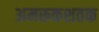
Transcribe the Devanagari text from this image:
अमरूकशतक